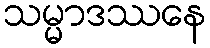
သမ္မာဒဿနေ